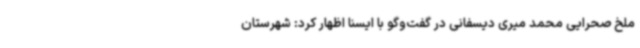
ملخ‌ صحرایی محمد میری دیسفانی در گفت‌وگو با ایسنا اظهار کرد: شهرستان